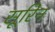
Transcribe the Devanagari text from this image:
सूरिन